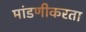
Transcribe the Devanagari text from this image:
मांडणीकरता